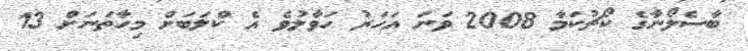
ބާސެލޯނާގެ ކޯޗުކަމާ 2008 ވަނަ އަހަރު ހަވާލުވެ އެ ކްލަބަށް މިހާތަނަށް 13